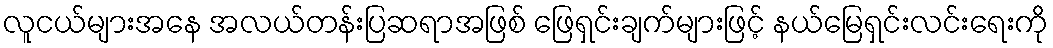
လူငယ်များအနေ အလယ်တန်းပြဆရာအဖြစ် ဖြေရှင်းချက်များဖြင့် နယ်မြေရှင်းလင်းရေးကို